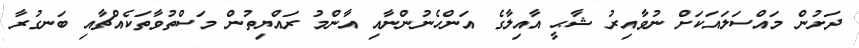
ދަށުން މައްސަލައަކަށް ނުވާއިރު ޝާޙީ އާއިލާގެ އަންހެނުންނާއި އާންމު ރައްޔިތުން މަސްތުވާތަކެއްޗާއި ބަނގުރާ